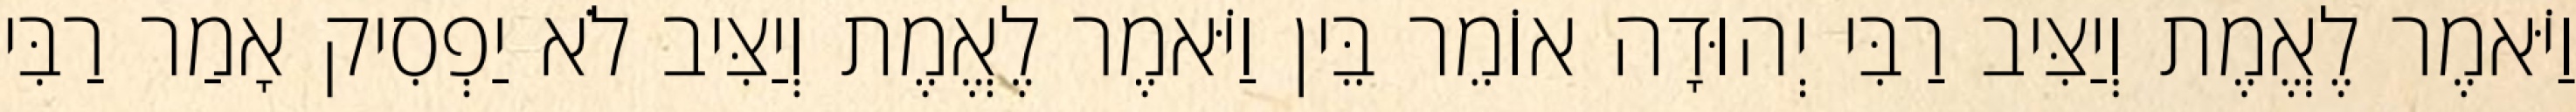
וַיֹּאמֶר לֶאֱמֶת וְיַצִּיב רַבִּי יְהוּדָה אוֹמֵר בֵּין וַיֹּאמֶר לֶאֱמֶת וְיַצִּיב לֹא יַפְסִיק אָמַר רַבִּי